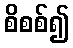
စိစစ်၍